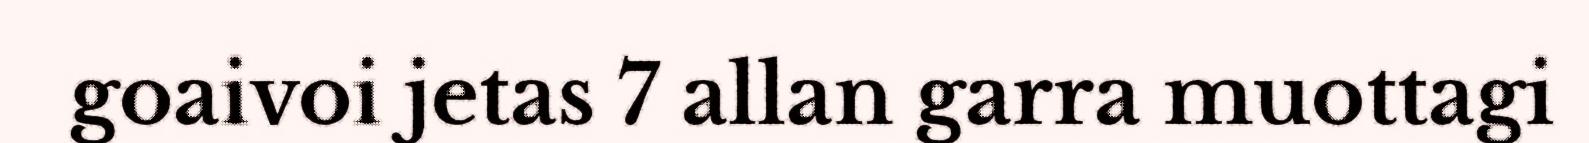
goaivoi jetas 7 allan garra muottagi